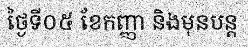
ថ្ងៃទី០៥ ខែកញ្ញា និងមុនបន្ត